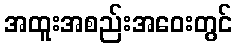
အထူးအစည်းအဝေးတွင်